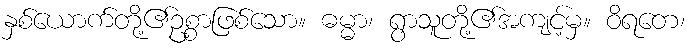
နှစ်ယောက်တို့၏ဥစ္စာဖြစ်သော။ ဓမ္မာ၊ ရွာသူတို့၏အကျင့်မှ။ ဝိရတေ၊